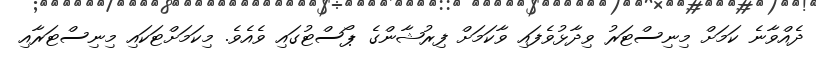
ދެއްވާނެ ކަމަށް މިނިސްޓަރު ވިދާޅުވެފައި ވާކަމަށް ފިރުޝާންގެ ޕޯސްޓުގައި ވެއެވެ. މިކަމަށްޓަކައި މިނިސްޓަރާއި